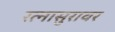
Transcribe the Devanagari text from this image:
रत्नासुरावर